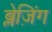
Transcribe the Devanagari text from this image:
ब्लेज़िंग